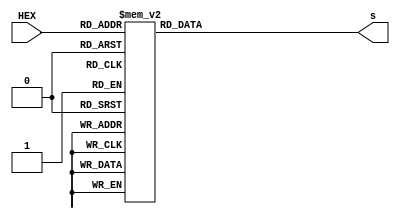
`timescale 1ns / 1ps
//////////////////////////////////////////////////////////////////////////////////
// Company: 
// Engineer: 
// 
// Design Name: 
// Module Name: hex_to_7seg
// Project Name: 
// Target Devices: 
// Tool Versions: 
// Description: 
// 
// Dependencies: 
// 
// Revision:
// Revision 0.01 - File Created
// Additional Comments:
// 
//////////////////////////////////////////////////////////////////////////////////


module hex_to_7seg
(input [3:0] HEX, output reg [7:0] s);
        always @ (HEX)
        begin
                case (HEX)
                        0:      s <= 8'b10001000;
                        1:      s <= 8'b11101101;
                        2:      s <= 8'b10100010;
                        3:      s <= 8'b10100100;
                        4:      s <= 8'b11000101;
                        5:      s <= 8'b10010100;
                        6:      s <= 8'b10010000;
                        7:      s <= 8'b10101101;
                        8:      s <= 8'b10000000;
                        9:      s <= 8'b10000100;
                        /*
                        TODO: Verify that these are correct
                        */
                        4'hA:   s <= 8'b10000001;
                        4'hB:   s <= 8'b11010000;
                        4'hC:   s <= 8'b10011010;
                        4'hD:   s <= 8'b11100000;
                        4'hE:   s <= 8'b10010010;
                        4'hF:   s <= 8'b10010011;
                        default:s <= 8'b01111111;
                endcase
        end
endmodule